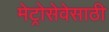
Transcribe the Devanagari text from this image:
मेट्रोसेवेसाठी